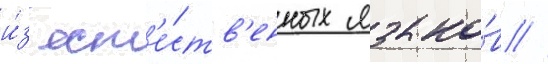
и́з ест'е́ств'енных языко́в //